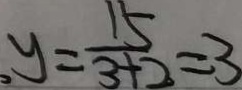
y = \frac { 1 5 } { 3 + 2 } = 3